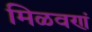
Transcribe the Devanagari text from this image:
मिळवणं